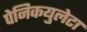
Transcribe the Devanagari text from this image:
पेनिकयुलेटा